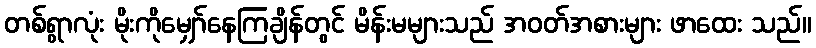
တစ်ရွာလုံး မိုးကိုမျှော်နေကြချိန်တွင် မိန်းမများသည် အဝတ်အစားများ ဖာထေး သည်။